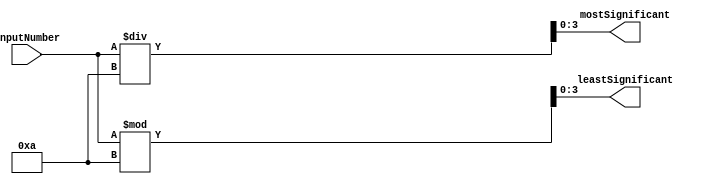
`timescale 1ns / 1ps
//////////////////////////////////////////////////////////////////////////////////
// Company: 
// Engineer: 
// 
// Design Name: 
// Module Name:    BCD_From_7bit_Binary 
// Project Name: 
// Target Devices: 
// Tool versions: 
// Description: 
//
// Dependencies: 
//
// Revision: 
// Revision 0.01 - File Created
// Additional Comments: 
//
//////////////////////////////////////////////////////////////////////////////////
module BCD_From_7bit_Binary(
    input [6:0] inputNumber,
    output reg [3:0] mostSignificant,
    output reg [3:0] leastSignificant
    );

    /*
    The following procedural block will evaulate the math to determine the BCD format whenever the inputNumber is changed.
    */ 
    always@(inputNumber)
    begin
        mostSignificant = inputNumber/10;
        leastSignificant = inputNumber%10;		
    end
    

endmodule